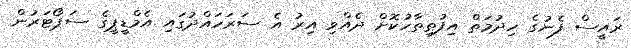
ރައީސް ފެނުގެ ހިދުމަތް އިފުތިތާހުކޮށް ދެއްވި އިރު އެ ސަރަހައްދުގައި އެމްޑީޕީގެ ސަޕޯޓަރުން